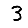
Digit: 3